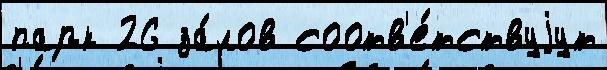
парк 26 за́лов соотв'е́тствуjут